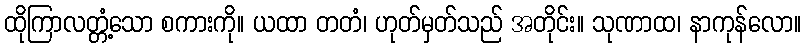
ထိုကြာလတ္တံ့သော စကားကို။ ယထာ တတံ၊ ဟုတ်မှတ်သည် အတိုင်း။ သုဏာထ၊ နာကုန်လော။